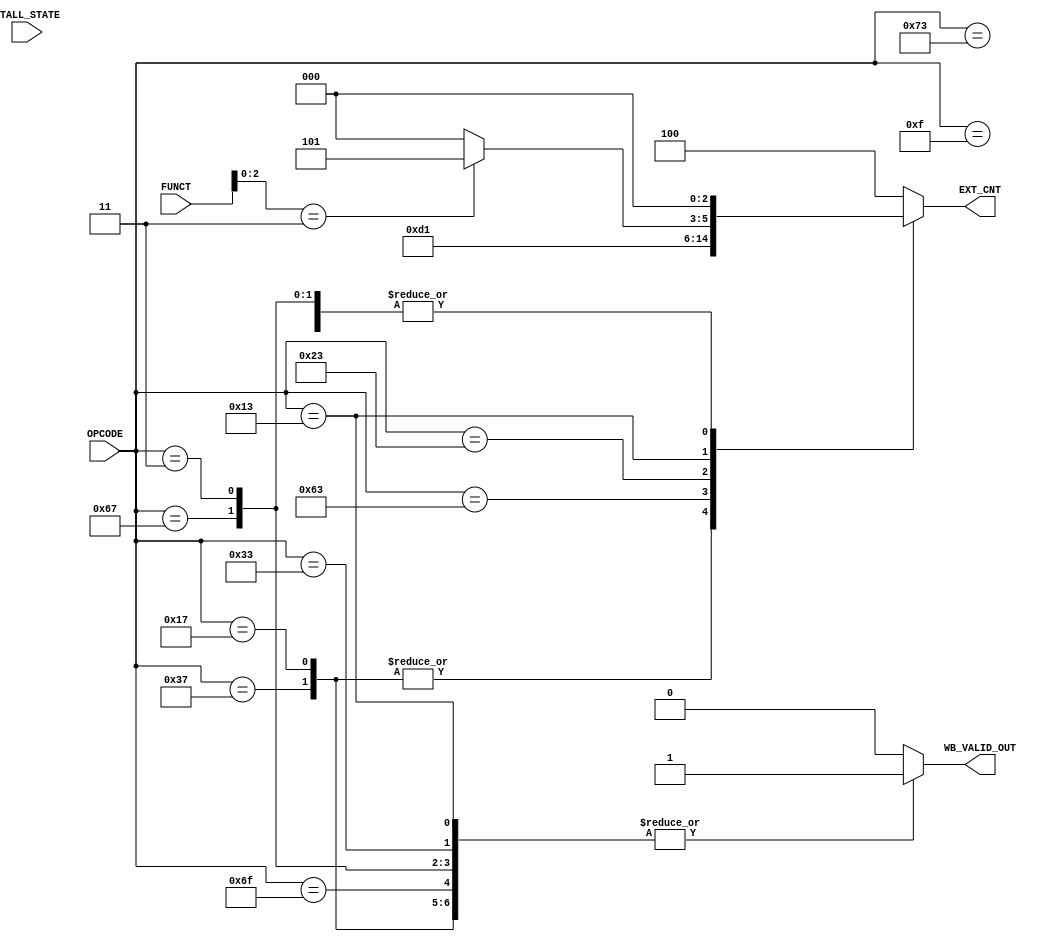
`timescale 1ns / 1ps
//////////////////////////////////////////////////////////////////////////////////
// Company: 
// 
// Design Name: 
// Module Name: CONTROLER_EXSTAGE
// Project Name: 
// Target Devices: 
// Tool Versions: 
// Description: 
// 
// Dependencies: 
// 
// Revision:
// Revision 0.01 - File Created
// Additional Comments:
// 
//////////////////////////////////////////////////////////////////////////////////


module CONTROLER_IDSTAGE(
    input [6:0] OPCODE,
    input [9:0] FUNCT, 
    input STALL_STATE,
        // Environment Call and Breakpoints - all 15 bits
        //REG to REG operationd             - First 10bits
        // R I S type                       - First 3 bits 
   // output [4:0] RS1_SEL,
   // output [4:0] RS2_SEL,
    output [2:0] EXT_CNT,
    output WB_VALID_OUT
    
   /* output READ_WRITE_REG,
    output REG_MUX_EN,
    output WRITE_MUX_EN,
    output STALL_EN,
    output SIGNEX_EN*/
    );
    
   // reg [4:0] RS1_SEL_L;
   // reg [4:0] RS2_SEL_L;
    reg [2:0] EXT_CNT_L;
    reg WB_VALID_L;
     always@(OPCODE or FUNCT)
       begin
           case (OPCODE[6:0])
               7'b0110111: //LUI
               begin                   
                   EXT_CNT_L = 3'b011;
                   WB_VALID_L = 1'b1;
               end
               7'b0010111: //AUIPC
               begin
                   EXT_CNT_L = 3'b011;
                   WB_VALID_L = 1'b1;
               end
               7'b1101111: //JAL
               begin
                   EXT_CNT_L = 3'b100;
                   WB_VALID_L = 1'b1;
               end
               7'b1100111: //JALR
               begin
                   EXT_CNT_L = 3'b000;
                   WB_VALID_L = 1'b1;
               end
               7'b1100011:
               begin 
                   EXT_CNT_L = 3'b010;
                   WB_VALID_L = 1'b0;
               end    
               7'b0000011:
               begin //LB,LH,LW,LBU,LHU
                   EXT_CNT_L = 3'b000;
                   WB_VALID_L = 1'b1;
               end
               7'b0100011: //SB, SH, SW
               begin 
                   EXT_CNT_L = 3'b001;
                   WB_VALID_L = 1'b0;
                   /*case (FUNC[2:0])
                       3'b000:; //SB
                       3'b001:; //SH
                       3'b010:; //SW
                       default:;
                   endcase*/ 
               end
               7'b0010011:
               begin 
                   WB_VALID_L = 1'b1;
                   if(FUNCT[2:0] == 3'b011)
                    EXT_CNT_L = 3'b101;
                   else  
                    EXT_CNT_L = 3'b000;
               end
               7'b0110011:
               begin 
                   EXT_CNT_L = 3'b100;
                   WB_VALID_L = 1'b1;
               end
               7'b0001111:
               begin
               
                   EXT_CNT_L = 3'b000;
                   WB_VALID_L = 1'b0;
                   case (FUNCT[2:0])
                    /*   3'b000:; //FENCE
                       3'b001:; //FENCE.I*/
                       default:
                       begin
                          
                       end
                   endcase
               end
               7'b1110011:
               begin 
               
                    EXT_CNT_L = 3'b000;
                    WB_VALID_L = 1'b0;
                  /* case (FUNCT[2:0])
                       3'b000: 
                       begin
                           case (FUNCT[14:3])
                              12'b000000000000:;//ECALL
                               12'b000000000001:;//EBREAK
                               default:
                               begin
                                  
                               end
                           endcase
                       end      
                       3'b001: //CSRRW
                       begin
                        
                       end
                       3'b010: //CSRRS
                       begin
                          
                       end
                       3'b011: //CSRRC
                       begin
                        
                       end
                       3'b101: //CSRRWI
                       begin
                          
                       end
                       3'b110: //CSRRSI
                       begin
                          
                       end
                       3'b111: //CSRRCI
                       begin
                          
                       end
                       default:
                       begin
                           
                       end
                   endcase*/
               end                
               default:
               begin
                  EXT_CNT_L = 3'b100;
                  WB_VALID_L = 1'b0;
               end      
           endcase
       end
       
       assign EXT_CNT = EXT_CNT_L;
       assign WB_VALID_OUT = WB_VALID_L;
endmodule